Indian journal of veterinary science and animal husbandry - Volumes 18-21, 1948-1951
Year: 1948
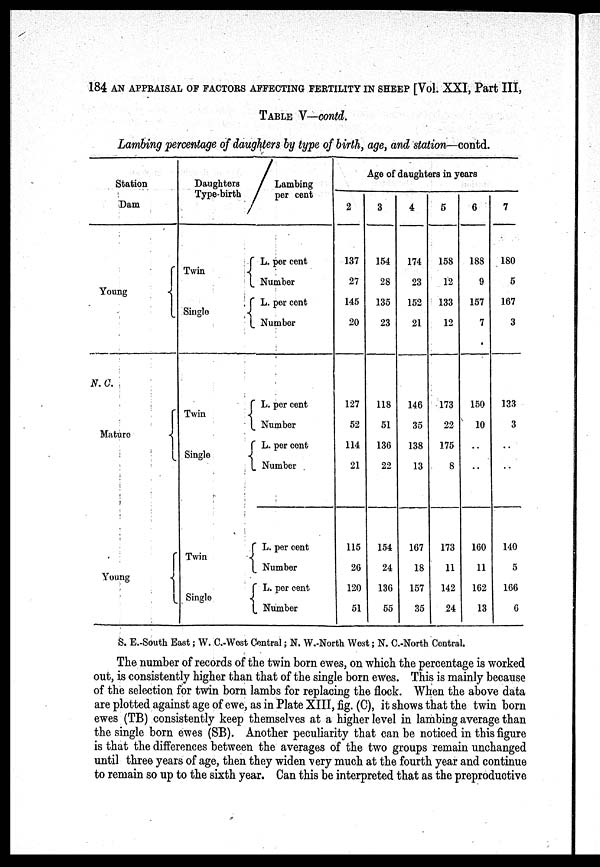
184 AN APPRAISAL OF FACTORS AFFECTING FERTILITY IN SHEEP [Vol. XXI, Part III,
TABLE V—contd.
Lambing percentage of daughters by type of birth, age, and station—contd.
Station
Dam
Young
N.C.
Maturo
Young
Daughters
Type-birth
Twin
Single
Twin
Single
Twin
Single
Lambing
per cent
L. per cent
Number
L. per cent
Number
L. per cent
Number
L. per cent
Number
L. per cent
Number
L. per cent
Number
Age of daughters in years
2
137
27
145
20
127
52
114
21
115
26
120
51
3
154
28
135
23
118
51
136
22
154
24
136
55
4
174
23
152
21
146
35
138
13
167
18
157
35
5
158
12
133
12
173
22
175
8
173
11
142
24
6
188
9
157
7
150
10
..
..
160
11
162
13
7
180
5
167
3
133
3
..
..
140
5
166
6
S. E.-South East; W. C.-West Central; N. W.-North West; N. C.-North Central.
The number of records of the twin born ewes, on which the percentage is worked
out, is consistently higher than that of the single born ewes. This is mainly because
of the selection for twin born lambs for replacing the flock. When the above data
are plotted against age of ewe, as in Plate XIII, fig. (C), it shows that the twin born
ewes (TB) consistently keep themselves at a higher level in lambing average than
the single born ewes (SB). Another peculiarity that can be noticed in this figure
is that the differences between the averages of the two groups remain unchanged
until three years of age, then they widen very much at the fourth year and continue
to remain so up to the sixth year. Can this be interpreted that as the preproductive